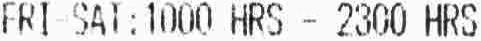
FRI-SAI:1000 HRS - 2300 HRS